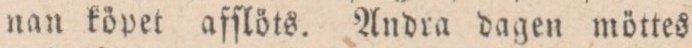
nan köpet afſlöts. Andra dagen möttes